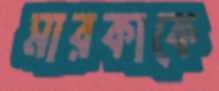
মারকাকে